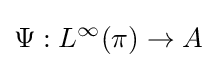
\Psi :L^{\infty }(\pi )\to A